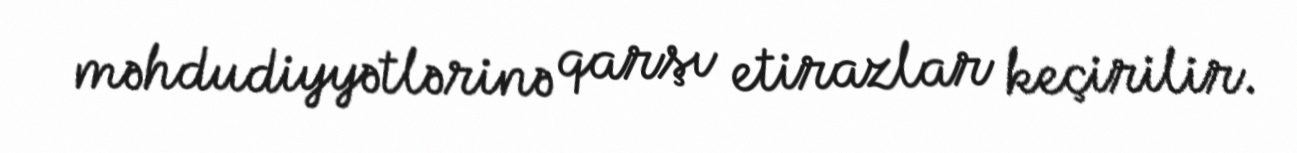
məhdudiyyətlərinə qarşı etirazlar keçirilir.